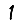
Digit: 1